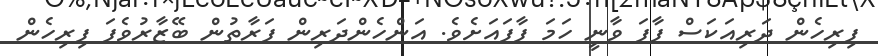
ފިރިހެން ދަރިއަކަސް ފާފަ ވާނީ ހަމަ ފާފައަށެވެ. އަންހެންދަރިން ފަރާތުން ބޭޒާރުވެފަ ފިރިހެން